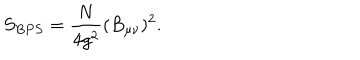
S _ { B P S } = \frac { N } { 4 g ^ { 2 } } ( B _ { \mu \nu } ) ^ { 2 } .